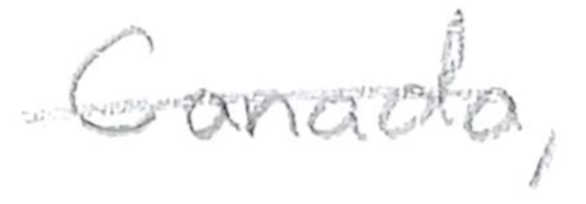
Text: Canada,
Cross-out: single-line
Writing tool: pencil